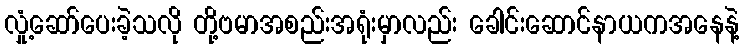
လှုံ့ဆော်ပေးခဲ့သလို တို့ဗမာအစည်းအရုံးမှာလည်း ခေါင်းဆောင်နာယကအနေနဲ့